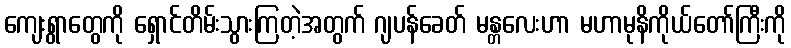
ကျေးရွာတွေကို ရှောင်တိမ်းသွားကြတဲ့အတွက် ဂျပန်ခေတ် မန္တလေးဟာ မဟာမုနိကိုယ်တော်ကြီးကို